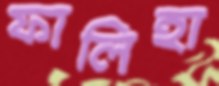
ফালিহা